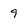
Character: 9